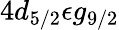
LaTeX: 4d_{5/2}\epsilon g_{9/2}